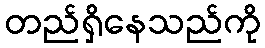
တည်ရှိနေသည်ကို